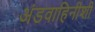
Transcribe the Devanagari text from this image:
अंडवाहिनीशी